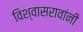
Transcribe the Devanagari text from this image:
विश्वासरावांनी